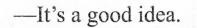
——It's a good idea.